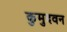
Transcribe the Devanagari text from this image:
कुमुदवन